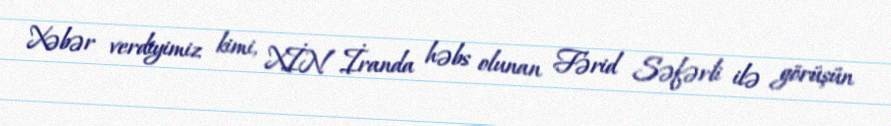
Xəbər verdiyimiz kimi, XİN İranda həbs olunan Fərid Səfərli ilə görüşün